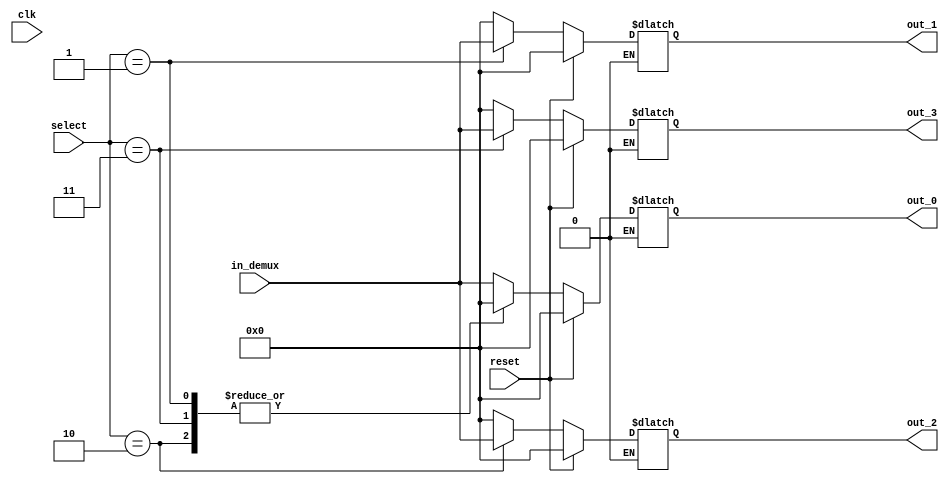

/* ------------------------------------------  
Demultiplexor que genera 4 salidas y tiene una entrada en 10 bits, 
para ser utilizados en el roundRobin del proyecto 2
------------------------------------------ */

module demux4x1 (
        input clk,
        input reset,
        input [1:0] select,
        input [9:0] in_demux,

	    output reg [9:0] out_0,
	    output reg [9:0] out_1,
	    output reg [9:0] out_2,
	    output reg [9:0] out_3);
            
always@(*) begin
           
    if (reset == 0)begin //Si el reset es 1 el flop puede tomar el valor de alguna de las dos entradas
        case(select)  
            2'b00:  begin 
                        out_0 <= in_demux;       // If sel=0, output can be a  
                        out_1<=0;
                        out_2<=0;
                        out_3<=0;
            end
            
            2'b01    : begin
                        out_1 <= in_demux;       // If sel=1, output is b 
                        out_0<=0;
                        out_2<=0;
                        out_3<=0; 
            end
            2'b10    : begin
                        out_2 <= in_demux;       // If sel=2, output is c  
                        out_0<=0;
                        out_1<=0;
                        out_3<=0;
            end
            2'b11    : begin
            
                        out_3 <= in_demux;       // If sel=3, output is c  
                        out_0<=0;
                        out_1<=0;
                        out_2<=0;
            end
            default  : out_0 <= in_demux;       // If sel is something, out is commonly zero  
        endcase  

    end
     else if (reset==1) begin
        out_0<=0;
        out_1<=0;
        out_2<=0;
        out_3<=0;
    end
end
endmodule